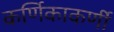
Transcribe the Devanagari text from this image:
कर्णिकाकर्णी